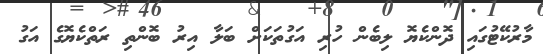
މާރުކޭޓުގައި ދޮންކެޔޮ ލިބެން ހުރި އަގުތަކަށް ބަލާ އިރު ބޮންތި ރަތްކެޔޮގެ އަގު